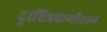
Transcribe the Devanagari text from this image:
दूरचित्रवाणीवरून